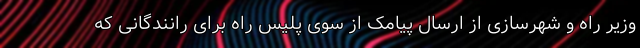
وزیر راه و شهرسازی از ارسال پیامک از سوی پلیس راه برای رانندگانی که